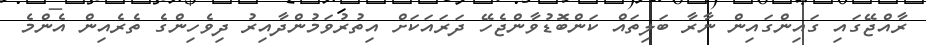
ރާއްޖޭގައި ގައިންގައިން ނާރާ ބަލިތައް ކަންބޮޑުވާންޖެހޭ ދަރައަކަށް އިތުރުވަމުންދާއިރު ދިވެހިންގެ ތެރެއިން އެންމެ